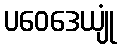
ပဝေဒေယျုံ